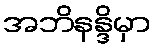
အဘိနန္ဒိမှာ